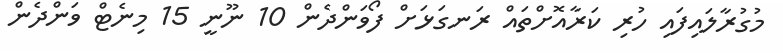
މުގުރާލައިފައި ހުރި ކަރާއޮށްތައް ރަނގަޅަށް ފޯވަންދެން 10 ނޫނީ 15 މިނެޓް ވަންދެން